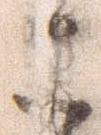
こ